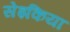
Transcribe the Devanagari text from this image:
सेइकिया